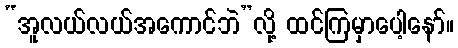
“အူလယ်လယ်အကောင်ဘဲ”လို့ ထင်ကြမှာပေါ့နော်။